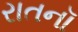
રાતનૉ